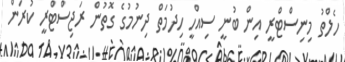
ހެލްތު މިނިސްޓްރީ އިން ބުނީ ސިއްހީ ހިދުމަތް ދިނުމުގެ ގޮތުން ރަޖިސްޓްރީ ކުރަން